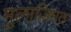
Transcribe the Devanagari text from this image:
मुलाज़िमत